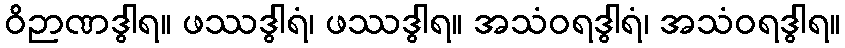
ဝိဉာဏဒွါရ။ ဖဿဒွါရံ၊ ဖဿဒွါရ။ အသံဝရဒွါရံ၊ အသံဝရဒွါရ။